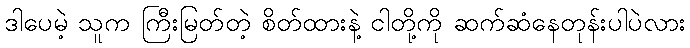
ဒါပေမဲ့ သူက ကြီးမြတ်တဲ့ စိတ်ထားနဲ့ ငါတို့ကို ဆက်ဆံနေတုန်းပါပဲလား